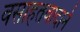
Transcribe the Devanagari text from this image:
वसाहतवादाने